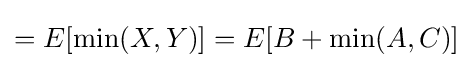
=E[\min(X,Y)]=E[B+\min(A,C)]